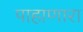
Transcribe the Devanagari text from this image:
पाहाणारा